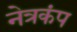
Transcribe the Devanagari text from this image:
नेत्रकंप